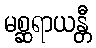
မစ္ဆရာယန္တီ